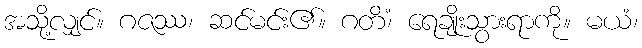
အသို့လျှင်။ ဂဇဿ၊ ဆင်မင်း၏။ ဂတိံ၊ ရေချိုးသွားရာကို။ မယံ၊